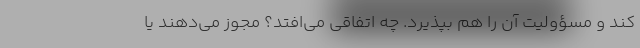
کند و مسؤولیت آن را هم بپذیرد. چه اتفاقی می‌افتد؟ مجوز می‌دهند یا